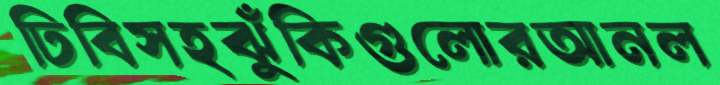
ঢিবিসহঝুঁকিগুলোরআনল